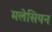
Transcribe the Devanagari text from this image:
मलेसियन